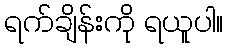
ရက်ချိန်းကို ရယူပါ။